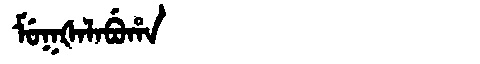
Manchu: ᠮᡠᡴᡧᠠᠯᠠᠪᡠᡥᠠ
Romanization: MUKŠALABUHA